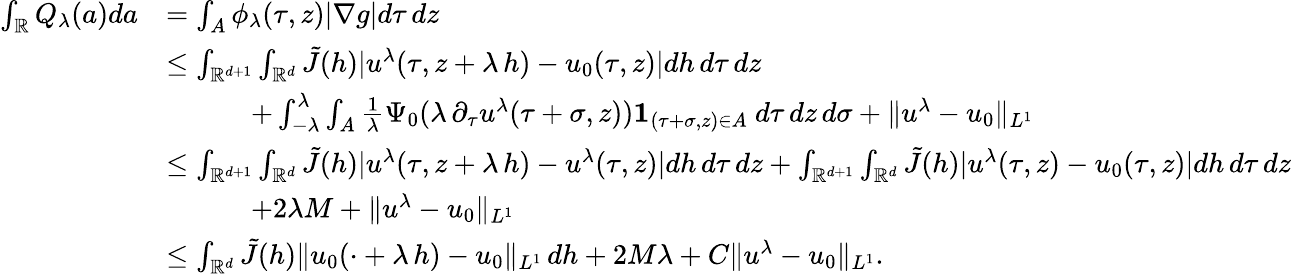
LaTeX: \begin{array}{rl}{\int_{\mathbb{R}}Q_{\lambda}(a)da}&{=\int_{A}\phi_{\lambda}(\tau,z)|\nabla g|d\tau\, dz}\\ &{\leq\int_{\mathbb{R}^{d+1}}\int_{\mathbb{R}^{d}}\tilde{J}(h)|u^{\lambda}(\tau,z+\lambda\, h)-u_{0}(\tau,z)|dh\, d\tau\, dz}\\ &{\quad\quad\quad+\int_{-\lambda}^{\lambda}\int_{A}\frac{1}{\lambda}\Psi_{0}(\lambda\, \partial_{\tau}u^{\lambda}(\tau+\sigma,z)){\mathbf 1}_{(\tau+\sigma,z)\in A}\ d\tau\, dz\, d\sigma+\| u^{\lambda}-u_{0}\| _{L^{1}}}\\ &{\leq\int_{\mathbb{R}^{d+1}}\int_{\mathbb{R}^{d}}\tilde{J}(h)|u^{\lambda}(\tau,z+\lambda\, h)-u^{\lambda}(\tau,z)|dh\, d\tau\, dz+\int_{\mathbb{R}^{d+1}}\int_{\mathbb{R}^{d}}\tilde{J}(h)|u^{\lambda}(\tau,z)-u_{0}(\tau,z)|dh\, d\tau\, dz}\\ &{\quad\quad\quad+2\lambda M+\| u^{\lambda}-u_{0}\| _{L^{1}}}\\ &{\leq\int_{\mathbb{R}^{d}}\tilde{J}(h)\| u_{0}(\cdot+\lambda\, h)-u_{0}\| _{L^{1}}\, dh+2M\lambda+C\| u^{\lambda}-u_{0}\| _{L^{1}}.}\end{array}